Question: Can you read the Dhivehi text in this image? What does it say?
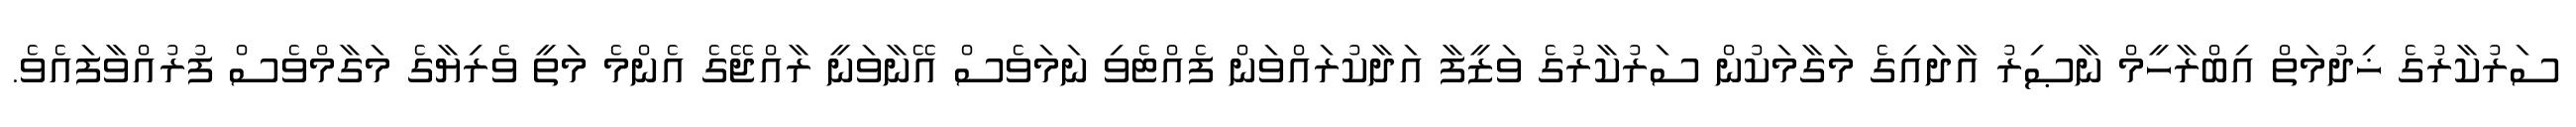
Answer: ސަރުކާރުގެ ޚިދުމަތް އިބްރާހީމް ނާޞިރު އާދައިގެ މަގާމަކުން ސަރުކާރުގެ ވަޒީފާ އަދާކުރައްވަން ފެއްޓެވި ނަމަވެސް އޭނާވަނީ ރާއްޖޭގެ އެންމެ މަތީ ވެރިޔާގެ މަގާމްވެސް ފުރުއްވާފައެވެ.